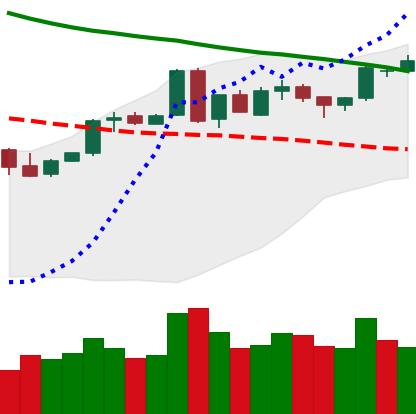
Ticker: BTC-USD
Chart end date: 2018-05-05
Forward return: -8.259%
Label: down_7plus